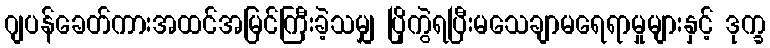
ဂျပန်ခေတ်ကားအထင်အမြင်ကြီးခဲ့သမျှ ပြိုကွဲရပြီးမသေချာမရေရာမှုများနှင့် ဒုက္ခ